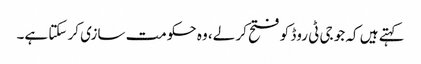
کہتے ہیں کہ جو جی ٹی روڈ کو فتح کر لے، وہ حکومت سازی کر سکتا ہے۔